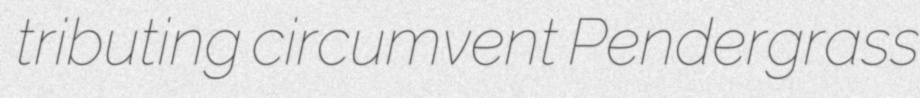
tributing circumvent Pendergrass